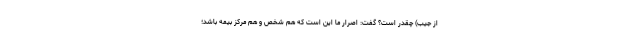
از جیب) چقدر است؟ گفت: اصرار ما این است که هم شخص و هم مرکز بیمه باشد؛